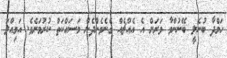
ހަމްދާ ބުނެލީ ބޭނުންވާ ވަރަށް އެ އެއްޗެއް ގެނެވެންދެން މަސައްކަތް ކުރުމަށެވެ. އަމިއްލަ